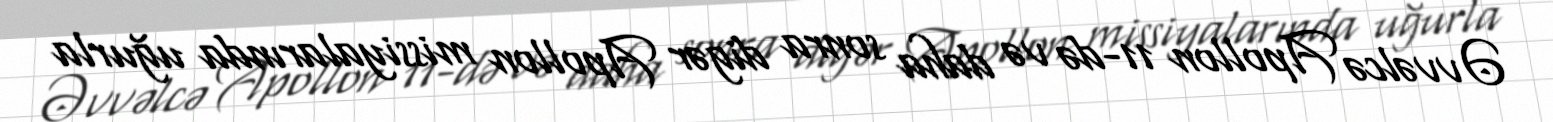
Əvvəlcə Apollon 11-də və daha sonra digər Apollon missiyalarında uğurla